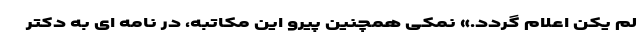
لم یکن اعلام گردد.» نمکی همچنین پیرو این مکاتبه، در نامه ای به دکتر